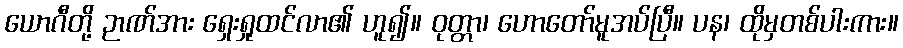
ယောဂီတို့ ဉာဏ်အား ရှေးရှုထင်လာ၏ ဟူ၍။ ဝုတ္တာ၊ ဟောတော်မူအပ်ပြီ။ ပန၊ ထိုမှတစ်ပါးကား။